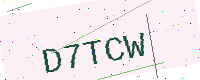
Text: D7TCW